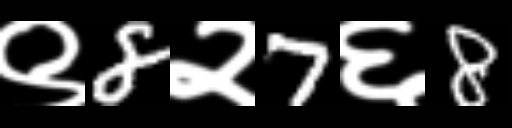
Text: ९8२7६8